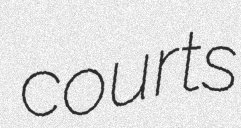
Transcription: courts